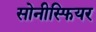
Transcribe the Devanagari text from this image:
सोनीस्फियर